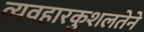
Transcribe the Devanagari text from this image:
व्यवहारकुशलतेने